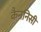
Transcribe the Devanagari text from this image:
कैननिसी